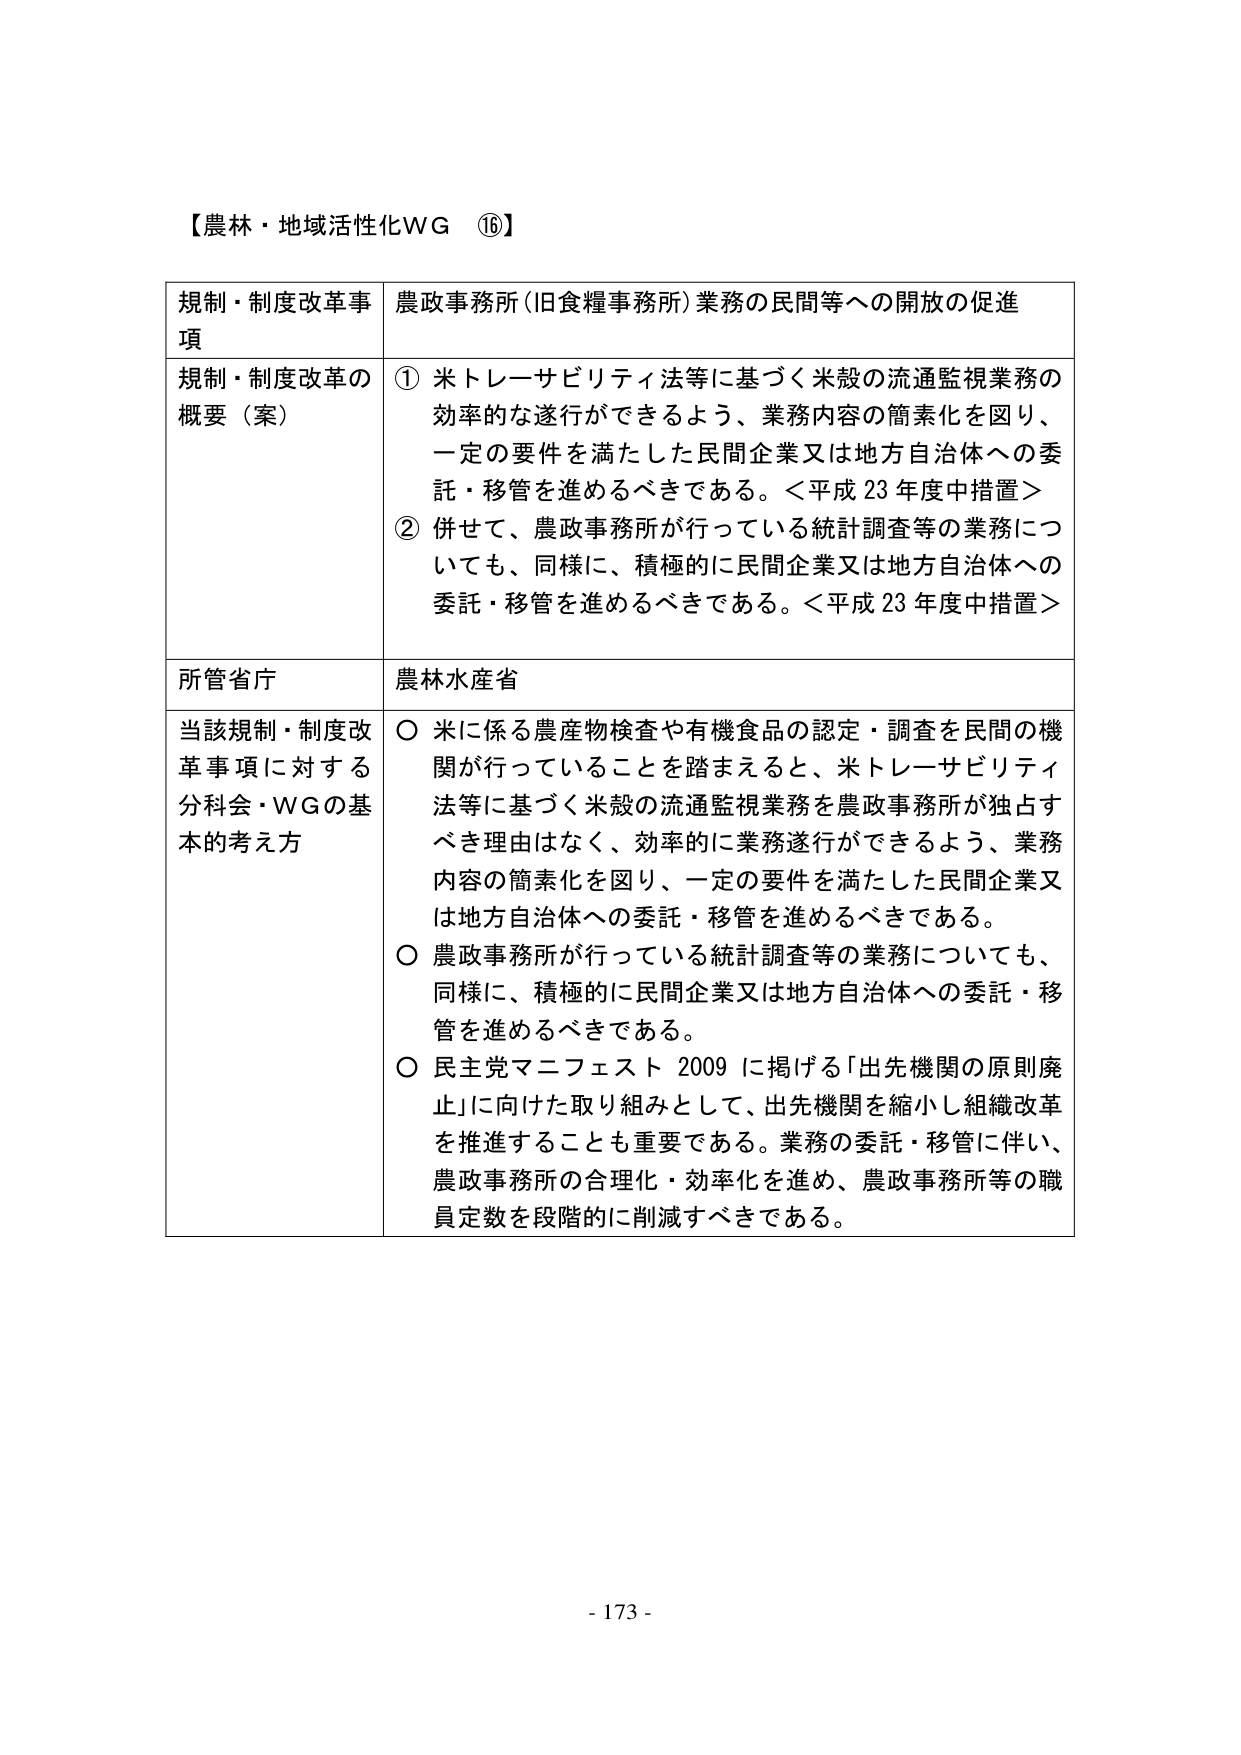
【農林・地域活性化WG ⑯】

規制・制度改革事項　農政事務所（旧食糧事務所）業務の民間等への開放の促進

規制・制度改革の概要（案）　① 米トレーサビリティ法等に基づく米殻の流通監視業務の効率的な遂行ができるよう、業務内容の簡素化を図り、一定の要件を満たした民間企業又は地方自治体への委託・移管を進めるべきである。＜平成23年度中措置＞
② 併せて、農政事務所が行っている統計調査等の業務についても、同様に、積極的に民間企業又は地方自治体への委託・移管を進めるべきである。＜平成23年度中措置＞

所管省庁　農林水産省

当該規制・制度改革事項に対する分科会・WGの基本的考え方　○ 米に係る農産物検査や有機食品の認定・調査を民間の機関が行っていることを踏まえると、米トレーサビリティ法等に基づく米殻の流通監視業務を農政事務所が独占すべき理由はなく、効率的に業務遂行ができるよう、業務内容の簡素化を図り、一定の要件を満たした民間企業又は地方自治体への委託・移管を進めるべきである。
○ 農政事務所が行っている統計調査等の業務についても、同様に、積極的に民間企業又は地方自治体への委託・移管を進めるべきである。
○ 民主党マニフェスト2009に掲げる「出先機関の原則廃止」に向けた取り組みとして、出先機関を縮小し組織改革を推進することも重要である。業務の委託・移管に伴い、農政事務所の合理化・効率化を進め、農政事務所等の職員定数を段階的に削減すべきである。

- 173 -